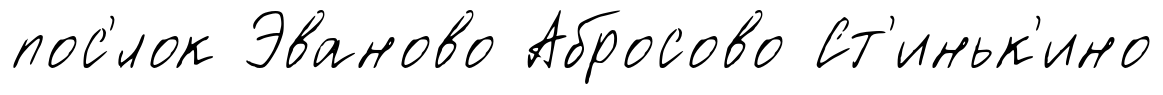
пос'́лок Эваново Абросово Ст'иньк'ино